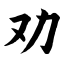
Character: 劝